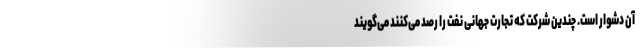
آن دشوار است. چندین شرکت که تجارت جهانی نفت را رصد می‌کنند می‌گویند